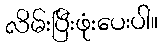
လိမ်းပြီးဖုံးပေးပါ။